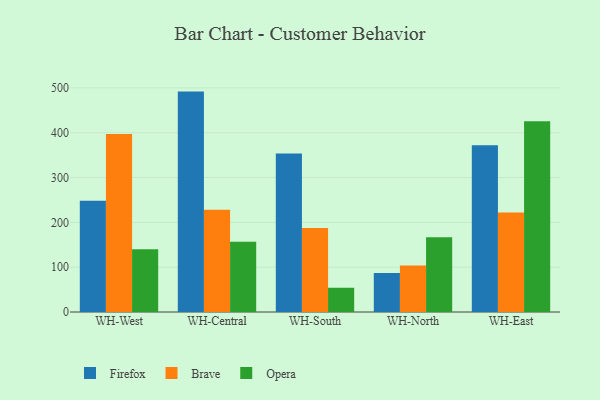
{"axis": {"x": "Warehouse", "y": "Net Income (USD K)"}, "legend": ["Brave", "Firefox", "Opera"], "data": [{"x": "WH-West", "y": 248.0, "type": "Firefox"}, {"x": "WH-West", "y": 397.1, "type": "Brave"}, {"x": "WH-West", "y": 140.0, "type": "Opera"}, {"x": "WH-Central", "y": 491.7, "type": "Firefox"}, {"x": "WH-Central", "y": 228.1, "type": "Brave"}, {"x": "WH-Central", "y": 156.6, "type": "Opera"}, {"x": "WH-South", "y": 353.6, "type": "Firefox"}, {"x": "WH-South", "y": 187.5, "type": "Brave"}, {"x": "WH-South", "y": 54.1, "type": "Opera"}, {"x": "WH-North", "y": 87.2, "type": "Firefox"}, {"x": "WH-North", "y": 103.6, "type": "Brave"}, {"x": "WH-North", "y": 166.8, "type": "Opera"}, {"x": "WH-East", "y": 372.0, "type": "Firefox"}, {"x": "WH-East", "y": 221.9, "type": "Brave"}, {"x": "WH-East", "y": 425.8, "type": "Opera"}]}